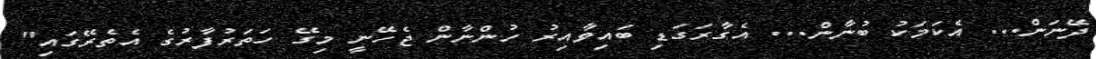
ދޭނަން... އެކަމަކު ބުނާން... އެގާރަގަޑި ބައިވާއިރު ހުންނާން ޖެހޭނީ މިގޭ ހަތަރުފާރުގެ އެތެރޭގައި"